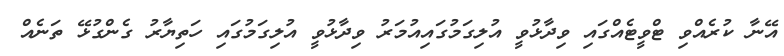
އޭނާ ކުރެއްވި ޓްވީޓެއްގައި ވިދާޅުވީ އުލިގަމުގައިއުމަރު ވިދާޅުވީ އުލިގަމުގައި ހަތިޔާރު ގެންގުޅޭ ތަނެއް